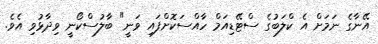
އޭނާގެ ނަމަށް އެ ކްލަބުގެ ސްޓޭޑިއަމް ހާއްސަކޮށްފައި ވަނީ" ބާލުސްކޯނީ ވިދާޅުވި އެވެ.